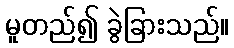
မူတည်၍ ခွဲခြားသည်။